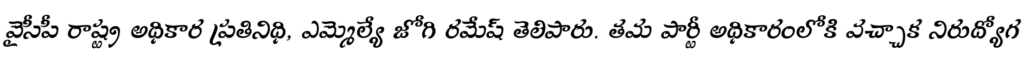
వైసీపీ రాష్ట్ర అధికార ప్రతినిధి, ఎమ్మెల్యే జోగి రమేష్ తెలిపారు. తమ పార్టీ అధికారంలోకి వచ్చాక నిరుద్యోగ